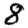
Digit: 8